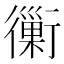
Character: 𧘀